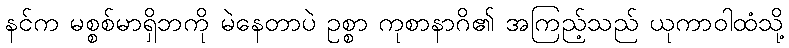
နင်က မစ္စစ်မာရှိဘကို မဲနေတာပဲ ဥစ္စာ ကုစာနာဂိ၏ အကြည့်သည် ယုကာဝါထံသို့